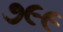
૭૯૯